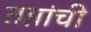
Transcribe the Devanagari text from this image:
तप्तांची